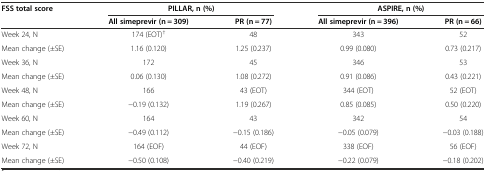
<table><thead><tr><td rowspan="2"><b>FSS total score</b></td><td colspan="2"><b>PILLAR, n (%)</b></td><td colspan="2"><b>ASPIRE, n (%)</b></td></tr><tr><td><b>All simeprevir (n = 309)</b></td><td><b>PR (n = 77)</b></td><td><b>All simeprevir (n = 396)</b></td><td><b>PR (n = 66)</b></td></tr></thead><tbody><tr><td>Week 24, N</td><td>174 (EOT)<sup>†</sup></td><td>48</td><td>343</td><td>52</td></tr><tr><td>Mean change (±SE)</td><td>1.16 (0.120)</td><td>1.25 (0.237)</td><td>0.99 (0.080)</td><td>0.73 (0.217)</td></tr><tr><td>Week 36, N</td><td>172</td><td>45</td><td>346</td><td>53</td></tr><tr><td>Mean change (±SE)</td><td>0.06 (0.130)</td><td>1.08 (0.272)</td><td>0.91 (0.086)</td><td>0.43 (0.221)</td></tr><tr><td>Week 48, N</td><td>166</td><td>43 (EOT)</td><td>344 (EOT)</td><td>52 (EOT)</td></tr><tr><td>Mean change (±SE)</td><td>−0.19 (0.132)</td><td>1.19 (0.267)</td><td>0.85 (0.085)</td><td>0.50 (0.220)</td></tr><tr><td>Week 60, N</td><td>164</td><td>43</td><td>342</td><td>54</td></tr><tr><td>Mean change (±SE)</td><td>−0.49 (0.112)</td><td>−0.15 (0.186)</td><td>−0.05 (0.079)</td><td>−0.03 (0.188)</td></tr><tr><td>Week 72, N</td><td>164 (EOF)</td><td>44 (EOF)</td><td>338 (EOF)</td><td>56 (EOF)</td></tr><tr><td>Mean change (±SE)</td><td>−0.50 (0.108)</td><td>−0.40 (0.219)</td><td>−0.22 (0.079)</td><td>−0.18 (0.202)</td></tr></tbody></table>